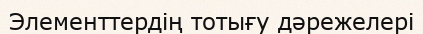
Элементтердің тотығу дәрежелері